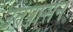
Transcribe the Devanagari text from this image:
उतपासन